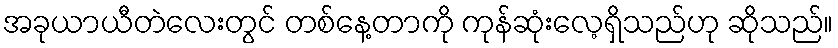
အခုယာယီတဲလေးတွင် တစ်နေ့တာကို ကုန်ဆုံးလေ့ရှိသည်ဟု ဆိုသည်။